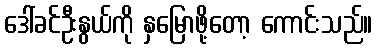
ဒေါ်ခင်ဦးနွယ်ကို နှမြောဖို့တော့ ကောင်းသည်။